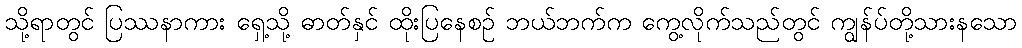
သို့ရာတွင် ပြဿနာကား ရှေ့သို့ ဓာတ်နှင် ထိုးပြနေစဉ် ဘယ်ဘက်က ကွေ့လိုက်သည်တွင် ကျွန်ပ်တို့သားနသော